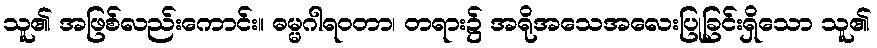
သူ၏ အဖြစ်လည်းကောင်း။ ဓမ္မဂါရဝတာ၊ တရား၌ အရိုအသေအလေးပြုခြင်းရှိသော သူ၏